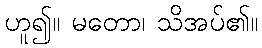
ဟူ၍။ မတော၊ သိအပ်၏။